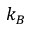
k _ { B }